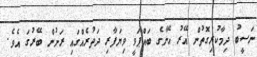
ނަސީބު ދިމާކުރިގޮތުން އޭރު އޭނާގެ ބައްޕަވީ ވިޔަފާރި ދަތުރެއްގައި ރަށުން ބޭރުގަ އެވެ.